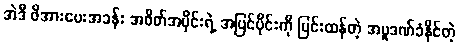
အဲဒီ ဖိအားပေးအခန်း အစိတ်အပိုင်းရဲ့ အပြင်ပိုင်းကို ပြင်းထန်တဲ့ အပူဒဏ်ခံနိုင်တဲ့